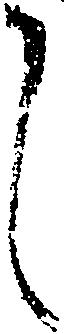
し